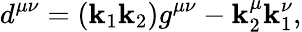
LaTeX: d^{\mu\nu}=(\mathbf{k}_{1}\mathbf{k}_{2})g^{\mu\nu}-\mathbf{k}_{2}^{\mu}\mathbf{k}_{1}^{\nu},